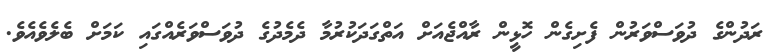
ރަދުންގެ ދުވަސްވަރުން ފެށިގެން ހޮޅީން ރާއްޖެއަށް އަތްގަދަކުރުމާ ދެމެދުގެ ދުވަސްވަރެއްގައި ކަމަށް ބެލެވެއެވެ.